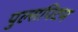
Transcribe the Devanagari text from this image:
पुल्सपिटम